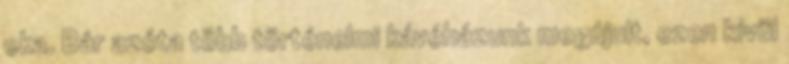
oka. Bár azóta több történelmi kávéházunk megújult, ezen kívül